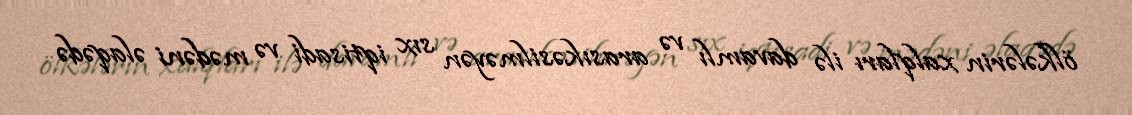
ölkələrin xalqları ilə davamlı və arasıkəsilməyən sıx iqtisadi və mədəni əlaqədə